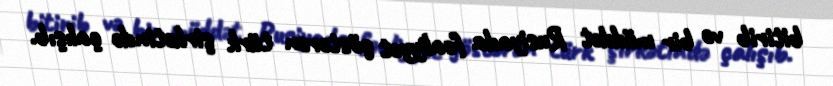
bitirib və bir müddət Rusiyada fəaliyyət göstərən türk şirkətində çalışıb.